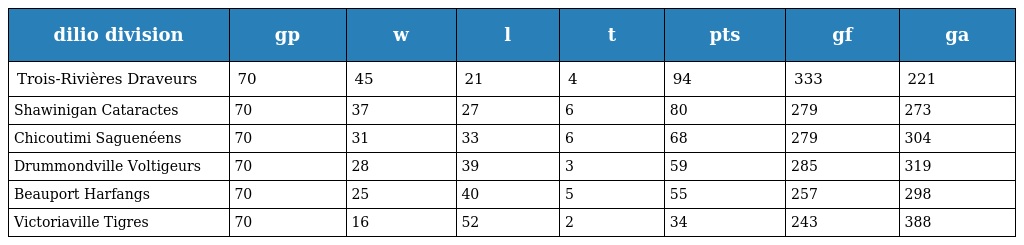
| dilio division | gp | w | l | t | pts | gf | ga |
 | --- | --- | --- | --- | --- | --- | --- | --- |
 | Trois-Rivières Draveurs | 70 | 45 | 21 | 4 | 94 | 333 | 221 |
 | Shawinigan Cataractes | 70 | 37 | 27 | 6 | 80 | 279 | 273 |
 | Chicoutimi Saguenéens | 70 | 31 | 33 | 6 | 68 | 279 | 304 |
 | Drummondville Voltigeurs | 70 | 28 | 39 | 3 | 59 | 285 | 319 |
 | Beauport Harfangs | 70 | 25 | 40 | 5 | 55 | 257 | 298 |
 | Victoriaville Tigres | 70 | 16 | 52 | 2 | 34 | 243 | 388 |